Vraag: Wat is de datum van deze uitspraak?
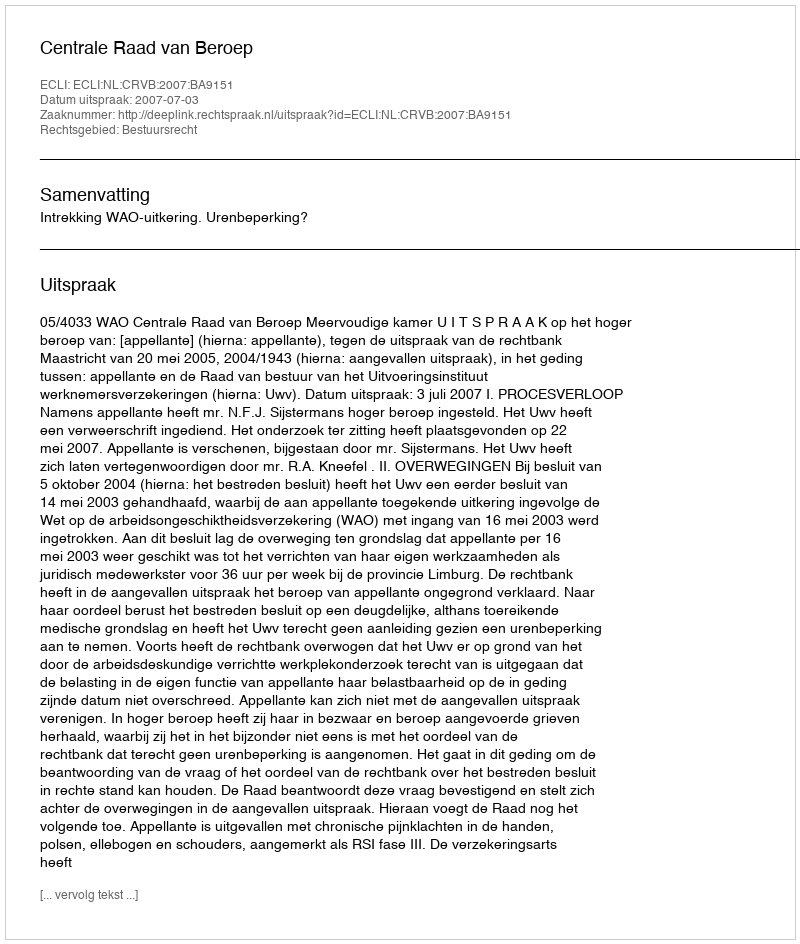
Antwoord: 2007-07-03